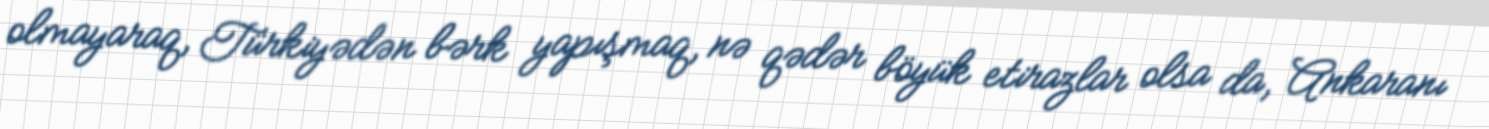
olmayaraq, Türkiyədən bərk yapışmaq, nə qədər böyük etirazlar olsa da, Ankaranı